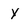
Character: y